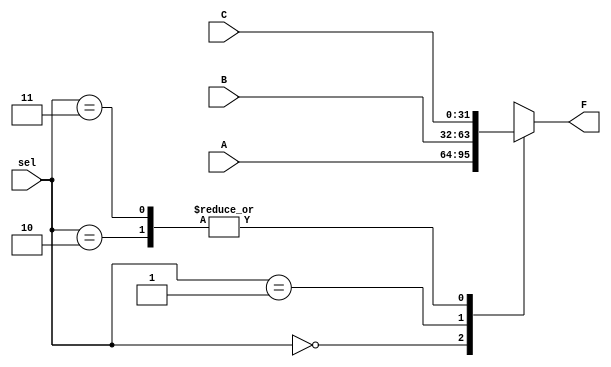
`timescale 1ns / 1ps

module mux_by_3(F, sel, A, B, C);
    parameter N = 32;
    
    input   [1:0]       sel;
    input   [N-1 : 0]   A,  B,  C;
    output  [N-1 : 0]   F; 
    
    reg     [N-1 : 0]   F;

    initial begin
        F = 0;
    end
    
    always @ (A, B, C, sel) begin
        case (sel)
            2'b00 : F = A;
            2'b01 : F = B;
            2'b10 : F = C;
            2'b11 : F = C;
            default : F = 0;
        endcase
    end
endmodule